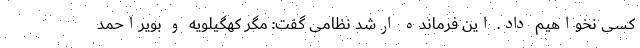
کسی نخواهیم داد. این فرمانده ارشد نظامی گفت: مگر کهگیلویه و بویراحمد